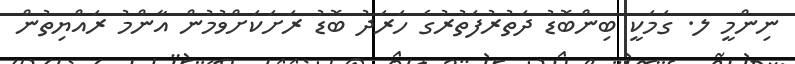
ނިންމީ ލ. ގަމަކީ ބިންބޮޑު ދަތުރުފަތުރުގެ ހަރަދު ބޮޑު ރަށަކަށްވުމުން އާންމު ރައްޔިތުން